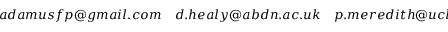
a d a m u s f p @ g m a i l . c o m \quad d . h e a l y @ a b d n . a c . u k \quad p . m e r e d i t h @ u c l . a c . u k \quad t o m . m i t c h e l l @ u c l . a c . u k \quad a s h l e y . s e s n i c . 1 8 @ u c l . a c . u k